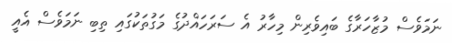
ނަމަވެސް މުޒާހަރާގެ ބައިވެރިން މިހާރު އެ ސަރަހައްދުގެ މަގުތަކުގައި ތިބި ނަމަވެސް އެއީ